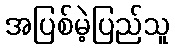
အပြစ်မဲ့ပြည်သူ